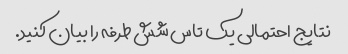
نتایج احتمالی یک تاس شش طرفه را بیان کنید.